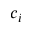
c _ { i }